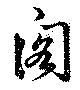
閣